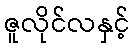
ဇူလိုင်လနှင့်